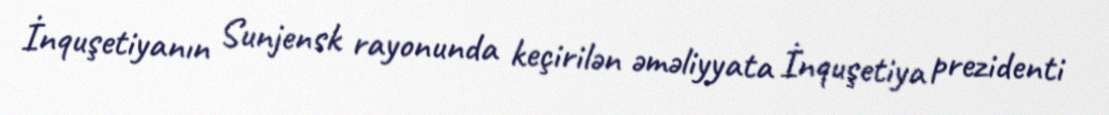
İnquşetiyanın Sunjensk rayonunda keçirilən əməliyyata İnquşetiya prezidenti